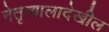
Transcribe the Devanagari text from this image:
नेतृत्वालादेखील